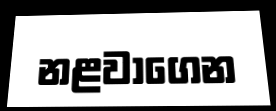
නළවාගෙන